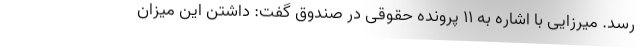
رسد. میرزایی با اشاره به ۱۱ پرونده حقوقی در صندوق گفت: داشتن این میزان